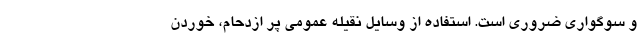
و سوگواری ضروری است. استفاده از وسایل نقیله عمومی پر ازدحام، خوردن